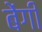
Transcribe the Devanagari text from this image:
बेंगी